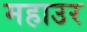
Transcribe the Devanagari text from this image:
महाउर